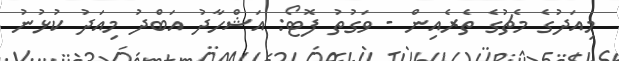
މިއަދުގެ މެޗުގެ ތެރެއިން - ވަގުތު ފޮޓޯ: އަޝްހާދު އަބްދު މިއަދު ކުޅުނު